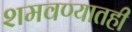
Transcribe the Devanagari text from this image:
शमवण्यातही